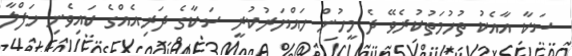
ސަކާ އާއެކު ތުހުމަތުކުރެވޭ ދެ މީހުން ހައްޔަރުކުރީ ސަކާގެ ދަރިއެއްގެ ކައިވެނި ހަފްލާ